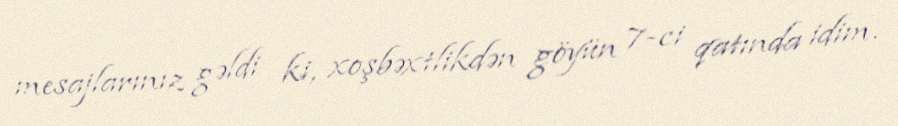
mesajlarınız gəldi ki, xoşbəxtlikdən göyün 7-ci qatında idim.